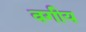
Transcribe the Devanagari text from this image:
वगीय